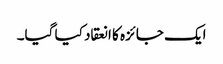
ایک جائزہ کا انعقاد کیا گیا۔